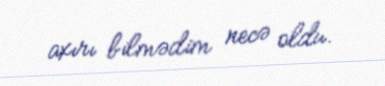
axırı bilmədim necə oldu.